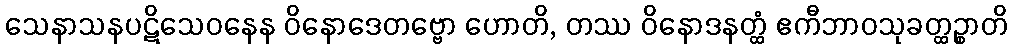
သေနာသနပဋိသေဝနေန ဝိနောဒေတဗ္ဗော ဟောတိ, တဿ ဝိနောဒနတ္ထံ ဧကီဘာဝသုခတ္ထဉ္စာတိ